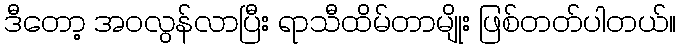
ဒီတော့ အဝလွန်လာပြီး ရာသီထိမ်တာမျိုး ဖြစ်တတ်ပါတယ်။